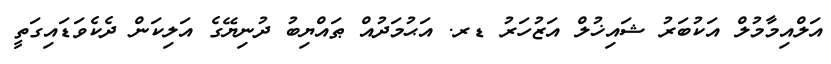
އަލްއިމާމުލް އަކުބަރު ޝައިޚުލް އަޒުހަރު ޑރ. އަޙުމަދުއް ޠައްޔިބު ދުނިޔޭގެ އަލިކަން ދެކެވަޑައިގަތީ